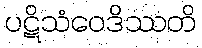
ပဋိသံဝေဒိဿတိ